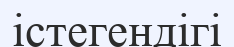
істегендігі